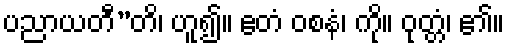
ပညာယတီ”တိ၊ ဟူ၍။ ဧတံ ဝစနံ၊ ကို။ ဝုတ္တံ၊ ၏။